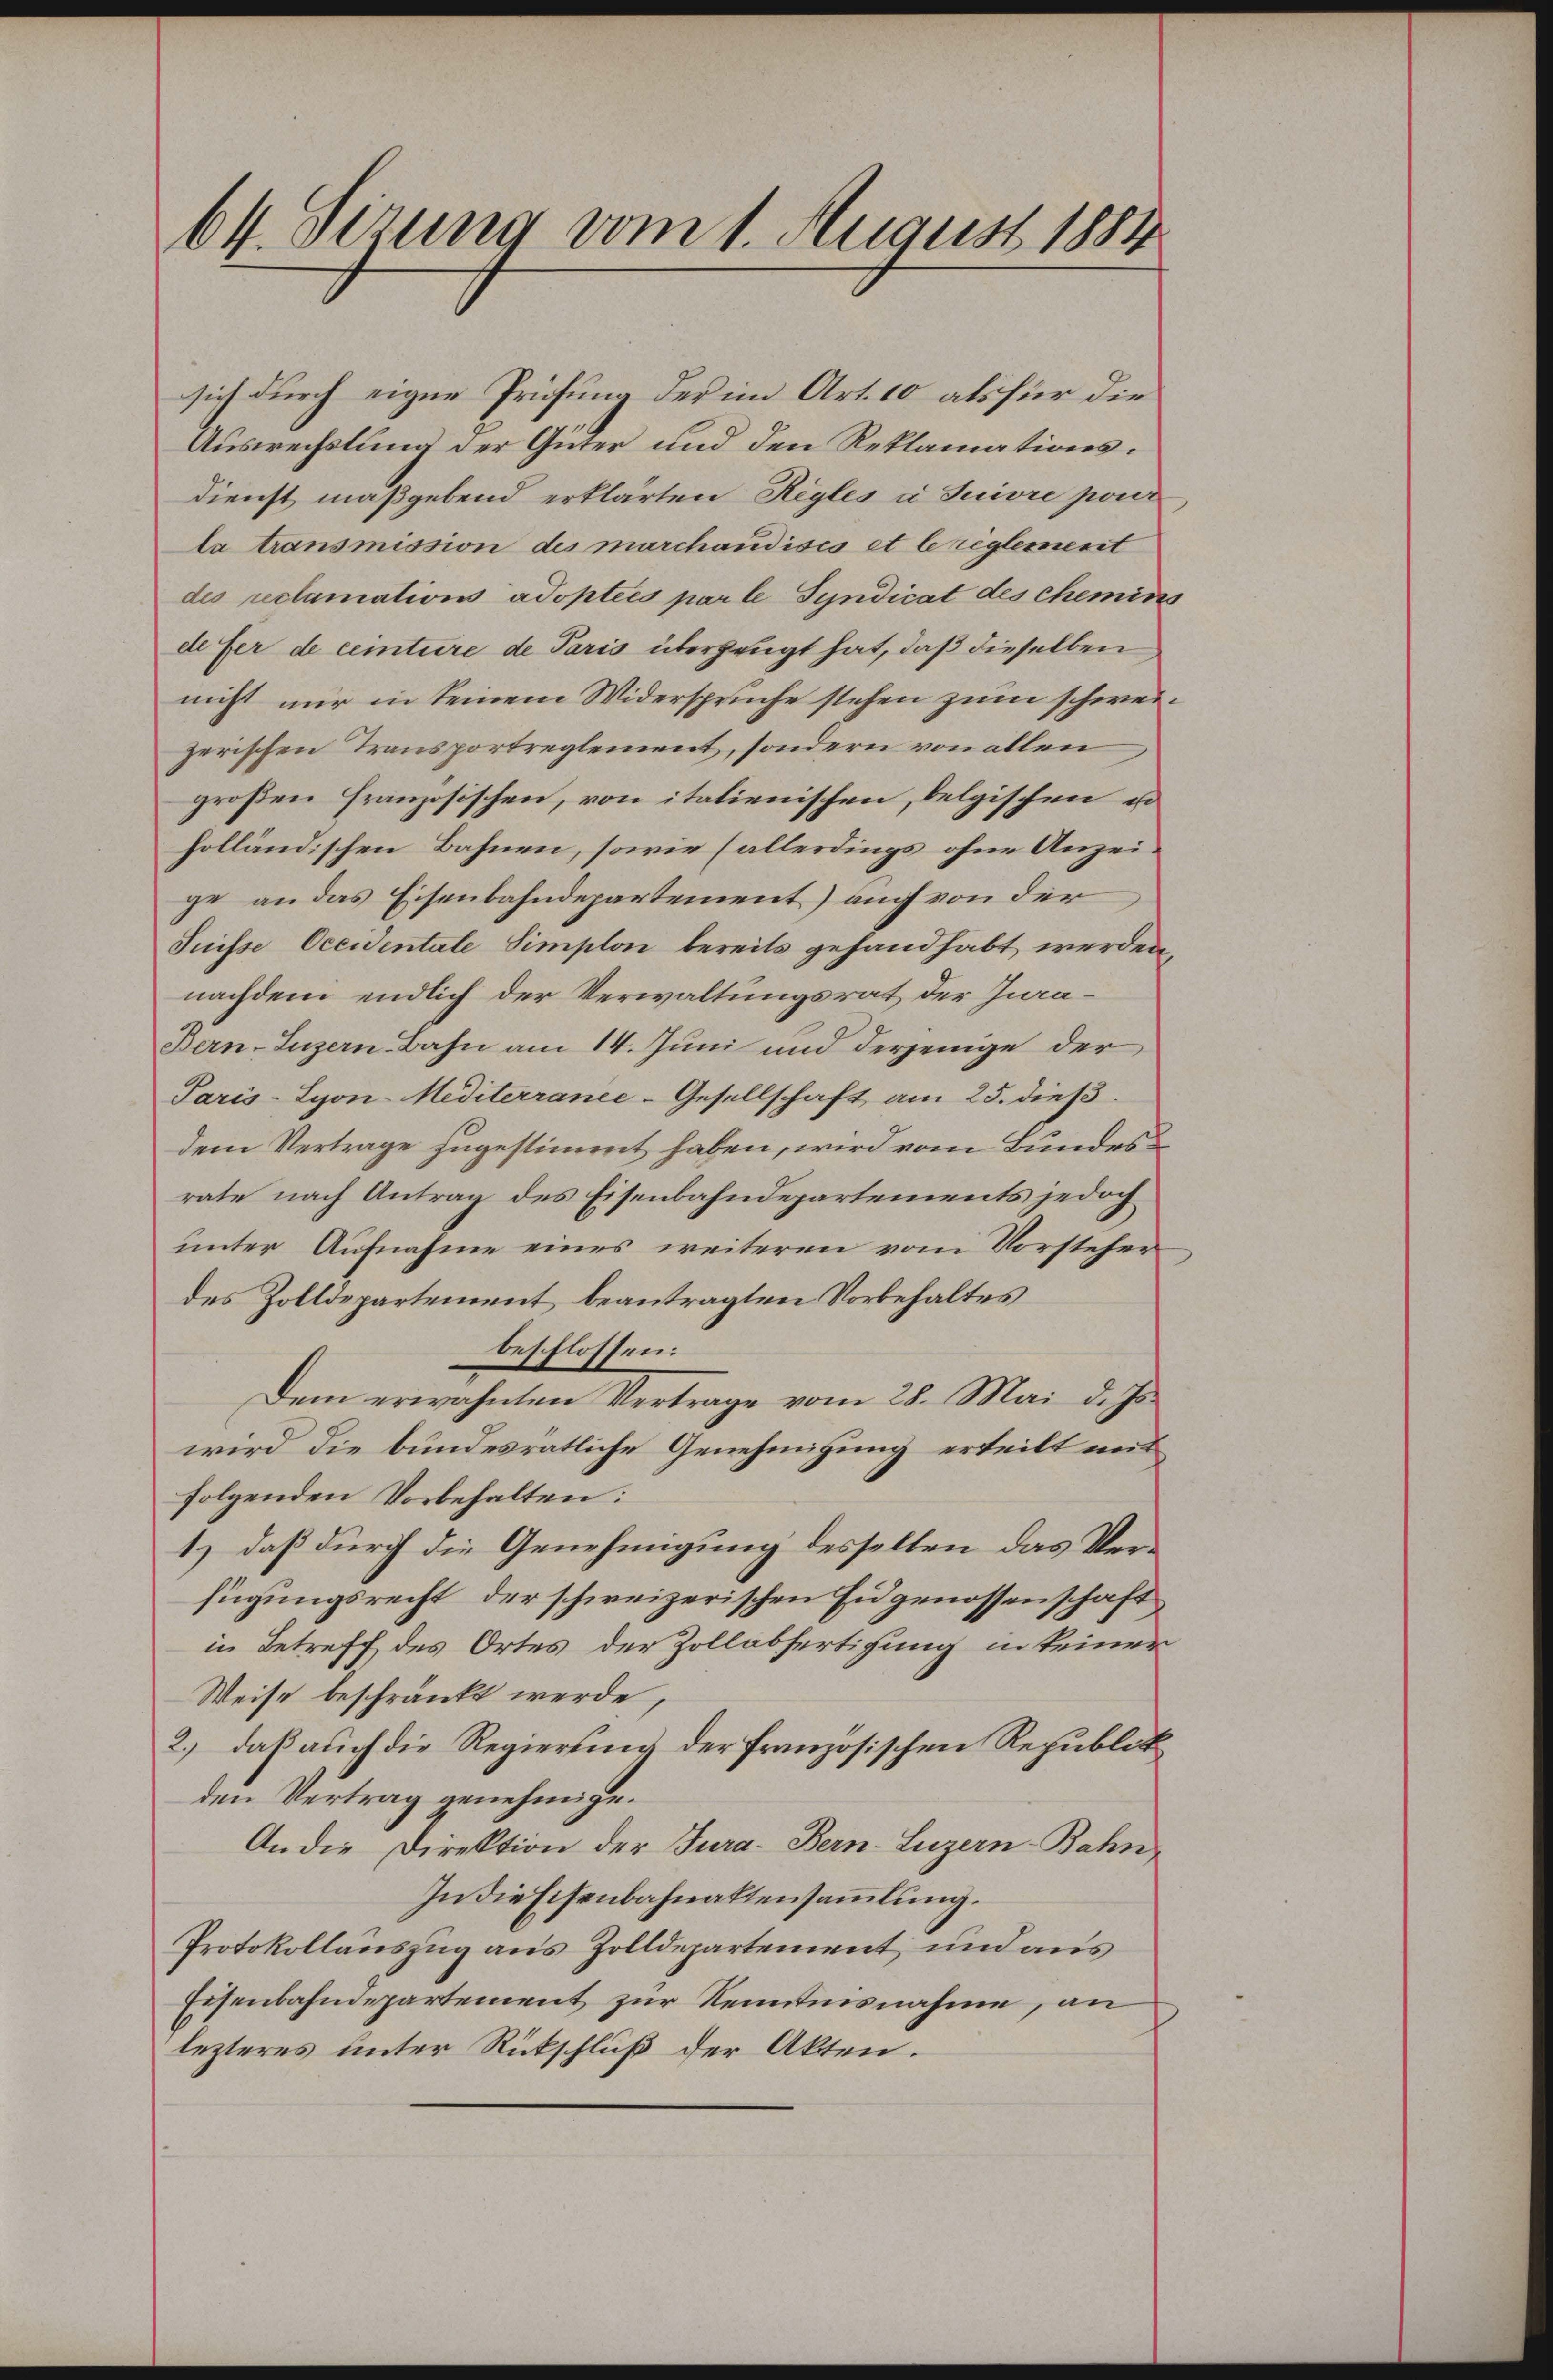
64. Sizung vom 1. August 1884

sich durch eiger Prüfung der im Art. 10 als für die
Auswechslung der Güter und den Reklamationsdienst maßgebend erklärten Regles à suivre pour
la transmission des marchaudisés et le reglement
des reclamation adoptées par le Syndicat des chemins
de fer de centure de Paris überzeugt hat, daß dieselben
nicht nur in keinem Widerspruche stehen zum schweizerischen Transportreglement, sondern von allen
großen Französischen, von italienischen, belgischen u
holländischen Bahnen, sowie (allerdings ohne Anzeige an das Eisenbahndepartement) auch von der
Suisse Occidentale Simplon bereits gehandhabt werden,
nachdem endlich der Verwaltungsrat der Jura¬
Bern-Luzern-Bahn am 14. Juni und derjenige der
Paris-Syon-Mediterranee-Gesellschaft am 25. dieß.
dem Vertrage zugestimmt haben, wird vom Bundess
rate nach Antrag des Eisenbahndepartements jedoch
unter Aufnahme eines weiteren vom Vorsteher
des Zolldepartement beantragten Vorbehaltes
beschlossen:
Dem erwähnten Vertrage vom 28. Mai d. Js.
wird die bundesratliche Genehmigung erteilt weil
folgenden Vorbehalten:
1.) daß durch die Genehmigung desselben das Verfügungsrecht, der schweizerischen Eidgenossenschaft
in Betreff des Ortes der Zollabfertigung in keiner
Weise beschränkt werde,
2.) daß auch die Regierung der französischen Republik
den Vertrag genehmige.
An die Direktion der Jura. Bern-Luzern-Bahn
In die Eisenbahnaktensammlung.
Protokollauszug aus Zolldepartement und aus
Eisenbahndepartement zur Kenntnisnahme, an
lezteres unter Rückschluß der Akten.